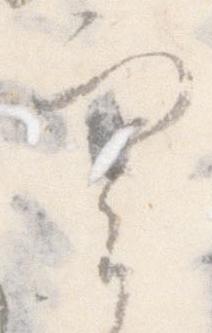
実